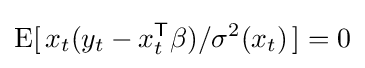
\operatorname {E} [\,x_{t}(y_{t}-x_{t}^{\mathsf {T}}\beta )/\sigma ^{2}(x_{t})\,]=0